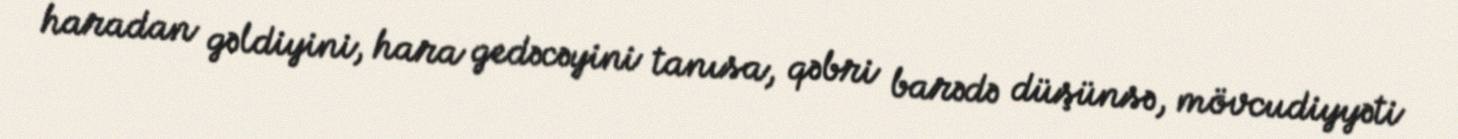
haradan gəldiyini, hara gedəcəyini tanısa, qəbri barədə düşünsə, mövcudiyyəti